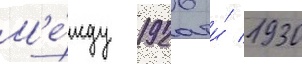
М'е́жду 1926 и́ 1930